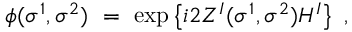
\phi ( \sigma ^ { 1 } , \sigma ^ { 2 } ) \ = \ \exp \left\{ i 2 Z ^ { I } ( \sigma ^ { 1 } , \sigma ^ { 2 } ) H ^ { I } \right\} \ ,